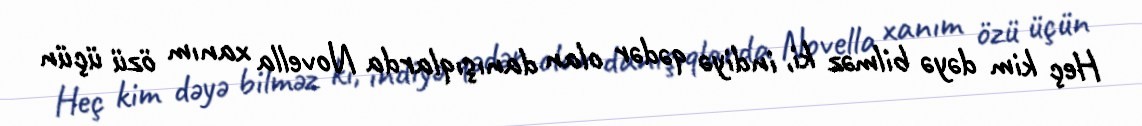
Heç kim dəyə bilməz ki, indiyə qədər olan danışıqlarda Novella xanım özü üçün